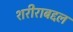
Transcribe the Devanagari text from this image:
शरीराबद्दल